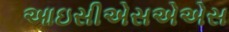
આઇસીએસએએસ